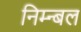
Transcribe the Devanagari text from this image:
निम्न्बल